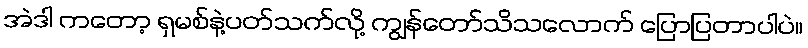
အဲဒါ ကတော့ ရှမစ်နဲ့ပတ်သက်လို့ ကျွန်တော်သိသလောက် ပြောပြတာပါပဲ။